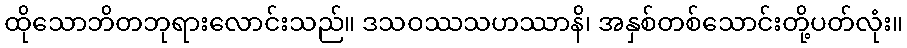
ထိုသောဘိတဘုရားလောင်းသည်။ ဒသဝဿသဟဿာနိ၊ အနှစ်တစ်သောင်းတို့ပတ်လုံး။